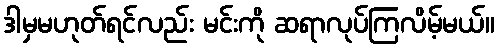
ဒါမှမဟုတ်ရင်လည်း မင်းကို ဆရာလုပ်ကြလိမ့်မယ်။